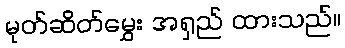
မုတ်ဆိတ်မွှေး အရှည် ထားသည်။